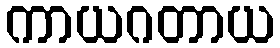
ကာယဂတာယ